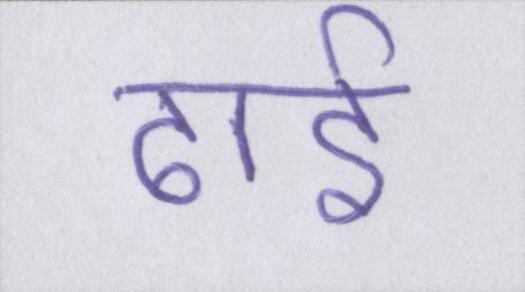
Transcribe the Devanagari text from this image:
ढ़ाई